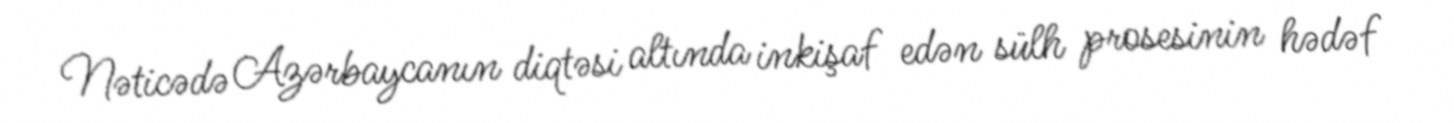
Nəticədə Azərbaycanın diqtəsi altında inkişaf edən sülh prosesinin hədəf